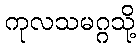
ကုလသမဂ္ဂသို့